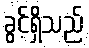
ခွင့်ရှိသည်